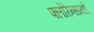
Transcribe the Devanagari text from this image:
फ्लोरेन्समधे